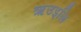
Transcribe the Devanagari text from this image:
ऋउइलि